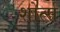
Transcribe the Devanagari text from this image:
शोर्त्स्